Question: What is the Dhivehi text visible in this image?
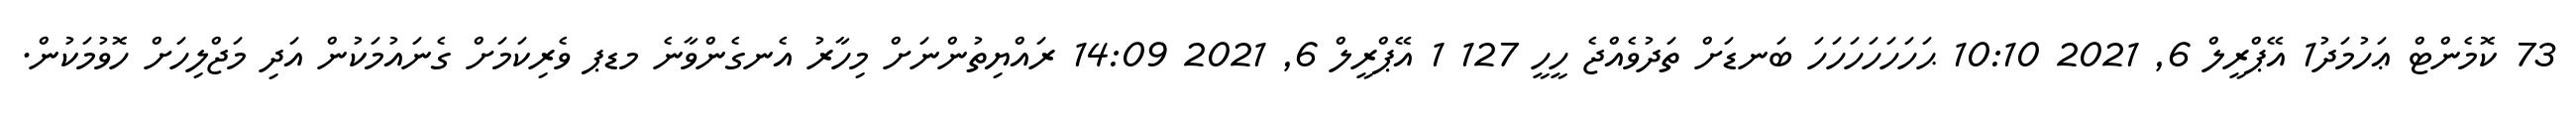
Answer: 73 ކޮމެންޓް ޢަހުމަދު1 އޭޕްރީލް 6, 2021 10:10 ޙަހަހަހަހަހަހަ ބަނޑަށް ތަދުވެއްޖެ ހީހީ 127 1 އޭޕްރީލް 6, 2021 14:09 ރައްޔިތުންނަށް މިހާރު އެނގެންވާނެ މޑޕ ވެރިކަމަށް ގެނައުމަކުން އަދި މަޖްލިހަށް ހޮވުމަކުން.